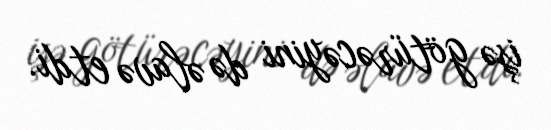
işə götürəcəyini də əlavə etdi.